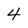
Character: 4